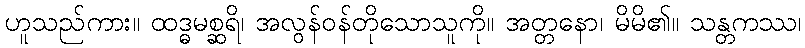
ဟူသည်ကား။ ထဒ္ဓမစ္ဆရိ၊ အလွန်ဝန်တိုသောသူကို။ အတ္တနော၊ မိမိ၏။ သန္တကဿ၊